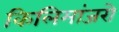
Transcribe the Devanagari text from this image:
किलिमांजरो